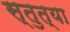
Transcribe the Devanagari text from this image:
स्तुत्या